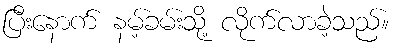
ပြီးနောက် နမ့်ခမ်းသို့ လိုက်လာခဲ့သည်။